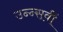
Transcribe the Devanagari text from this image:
उन्न्सवीं